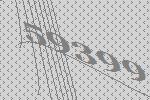
59399